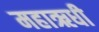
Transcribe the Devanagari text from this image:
महाऋधी